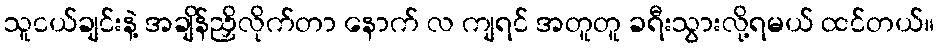
သူငယ်ချင်းနဲ့ အချိန်ညှိလိုက်တာ နောက် လ ကျရင် အတူတူ ခရီးသွားလို့ရမယ် ထင်တယ်။